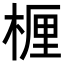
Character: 𬃗